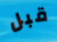
قبل